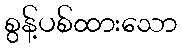
စွန့်ပစ်ထားသော